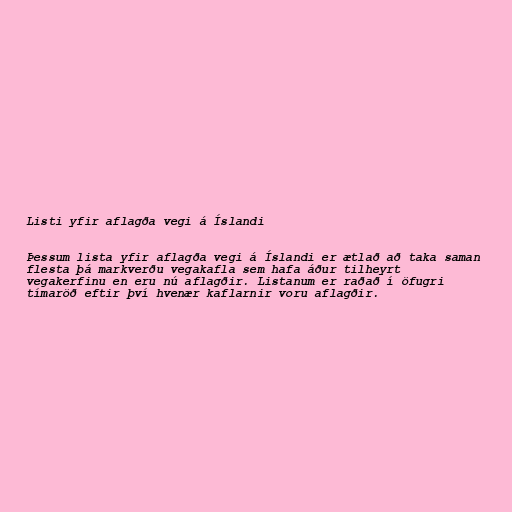
Listi yfir aflagða vegi á Íslandi

Þessum lista yfir aflagða vegi á Íslandi er ætlað að taka saman
flesta þá markverðu vegakafla sem hafa áður tilheyrt
vegakerfinu en eru nú aflagðir. Listanum er raðað í öfugri
tímaröð eftir því hvenær kaflarnir voru aflagðir.